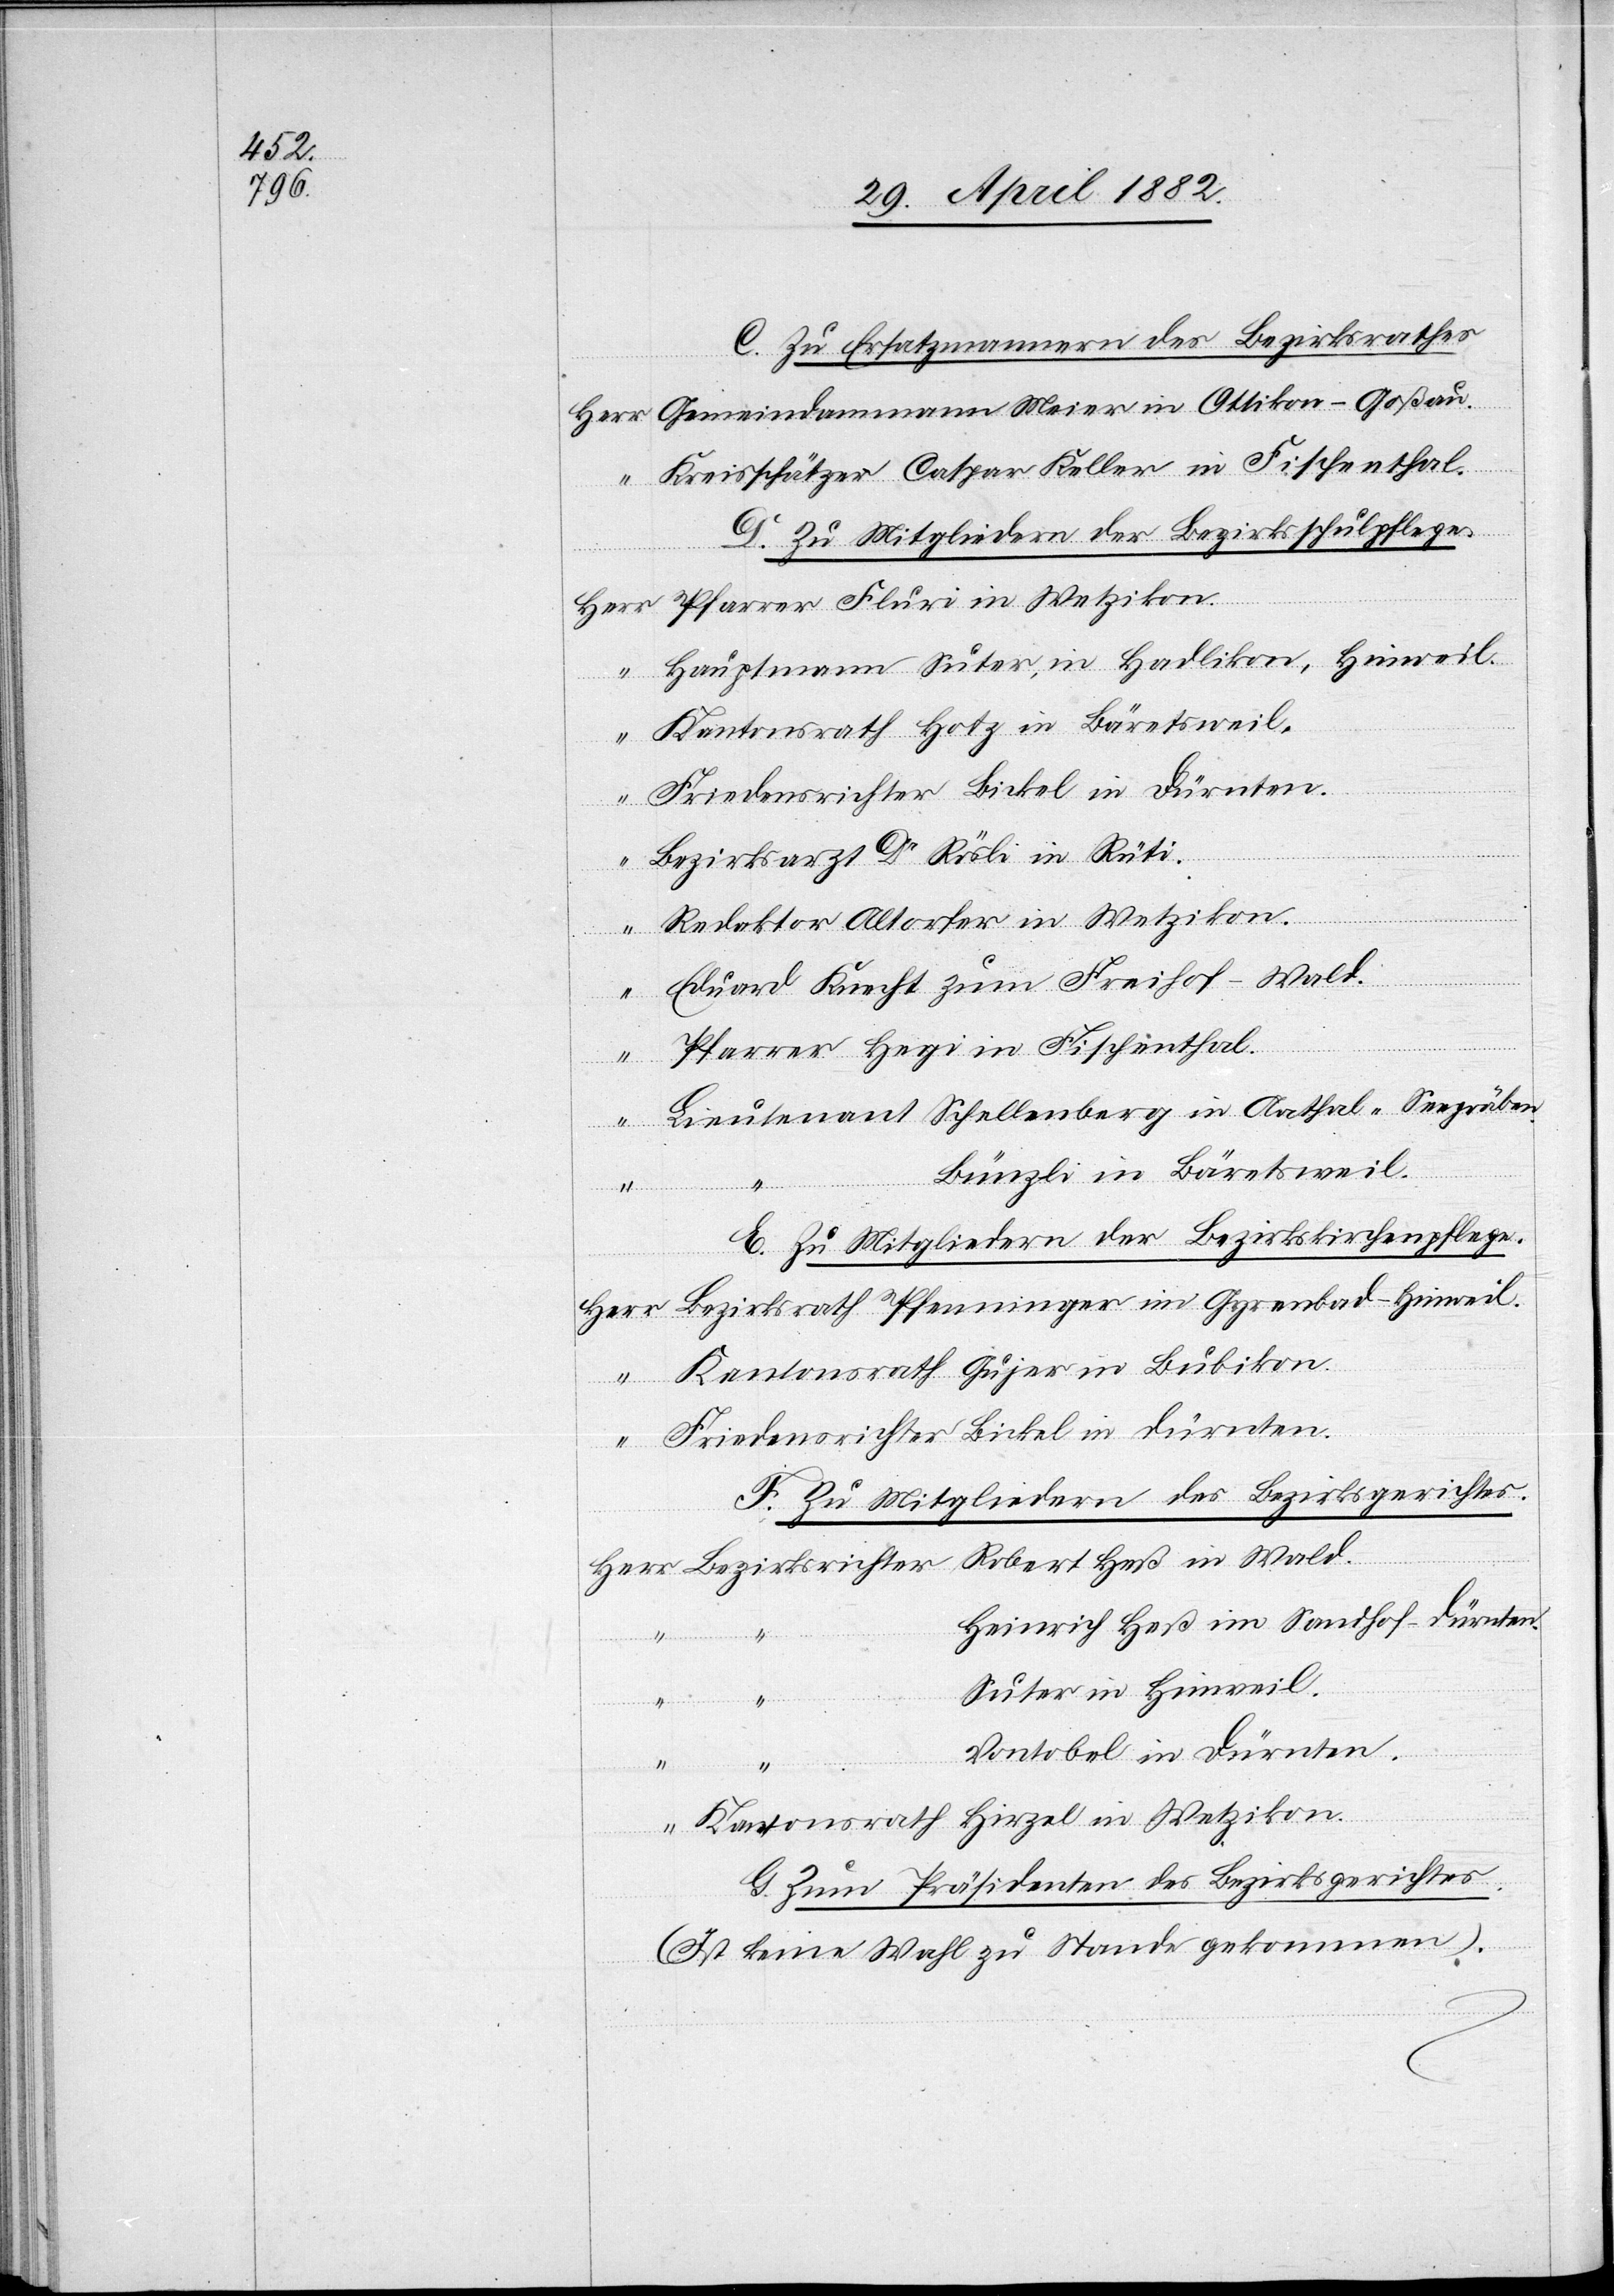
C. Zu Ersatzmännern des Bezirksrathes.
Gemeindammann Meier in Ottikon - Goßau.
Herr
D. Zu Mitgliedern der Bezirksschulpflege.
Friedensrichter Bickel in Dürnten.
in Wald.
Eduard Knecht zum Freihof - Wald.
Bünzli in Bäretsweil.
enthal.
E. Zu Mitgliedern der Bezirkskirchenpflege.
F. Zu Mitgliedern des Bezirksgerichtes.
Heinrich Heß im Sandhof - Dürnten.
Suter in Hinweil.
in
in Wetzikon.
Vontobel in Dürnten.
G. Zum Präsidenten des Bezirksgerichtes.
(Ist keine Wahl zu Stande gekommen).